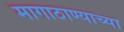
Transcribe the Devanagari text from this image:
मागाठाण्याच्या